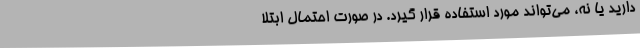
دارید یا نه، می‌تواند مورد استفاده قرار گیرد. در صورت احتمال ابتلا